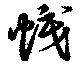
幟